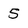
Character: 5